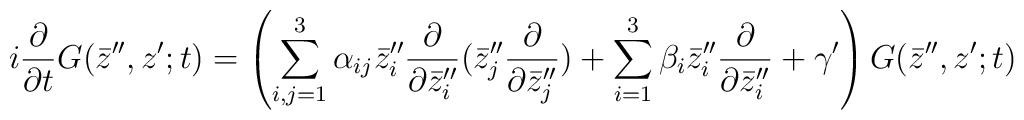
i\frac{\partial}{\partial t}G(\bar z^{\prime\prime},z^\prime;t)= \left(\sum_{i,j=1}^3\alpha_{ij}\bar z^{\prime\prime}_i\frac{\partial}{\partial\bar z^{\prime\prime}_i}(\bar z^{\prime\prime}_j\frac{\partial}{\partial\bar z^{\prime\prime}_j})+\sum_{i=1}^3\beta_i\bar z^{\prime\prime}_i\frac{\partial}{\partial\bar z^{\prime\prime}_i}       +\gamma^\prime\right)G(\bar z^{\prime\prime},z^\prime;t)